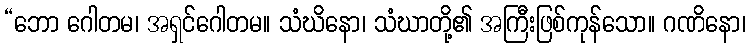
“ဘော ဂေါတမ၊ အရှင်ဂေါတမ။ သံဃိနော၊ သံဃာတို့၏ အကြီးဖြစ်ကုန်သော။ ဂဏိနော၊